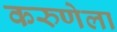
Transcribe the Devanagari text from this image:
करुणेला